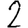
Digit: 2